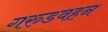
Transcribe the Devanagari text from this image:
गरुडवहन